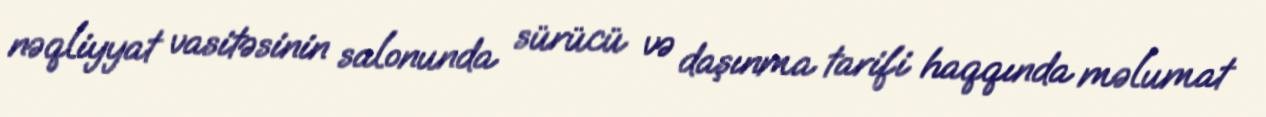
nəqliyyat vasitəsinin salonunda sürücü və daşınma tarifi haqqında məlumat